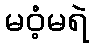
မဝံ့မရဲ